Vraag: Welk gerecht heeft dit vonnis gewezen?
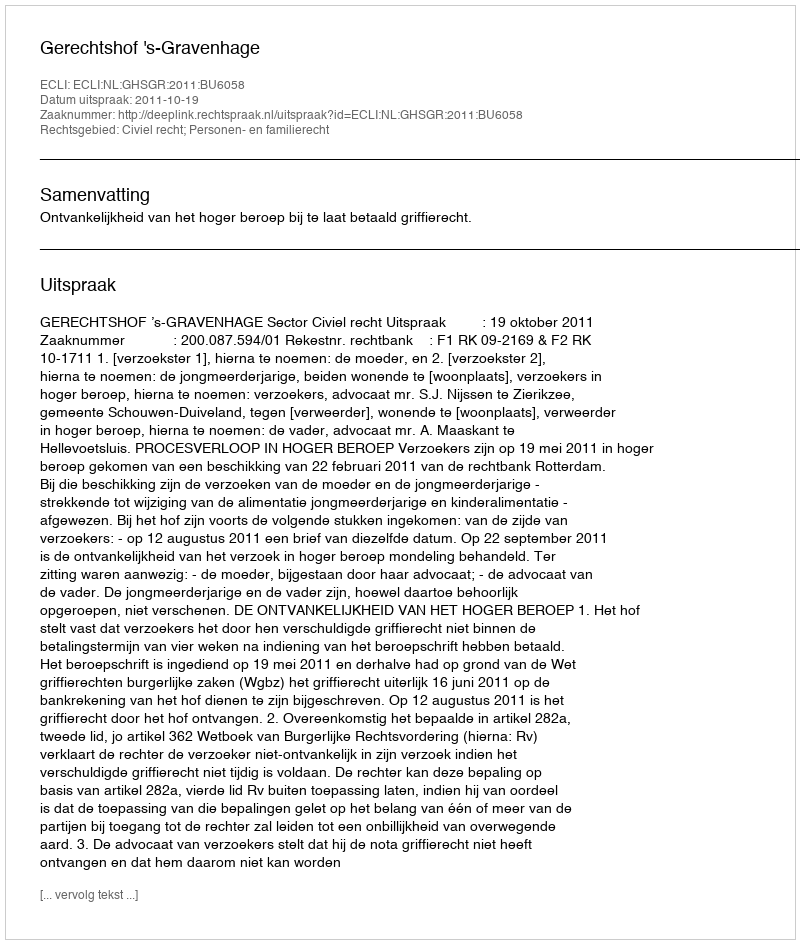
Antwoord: Gerechtshof 's-Gravenhage